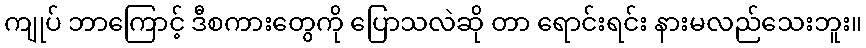
ကျုပ် ဘာကြောင့် ဒီစကားတွေကို ပြောသလဲဆို တာ ရောင်းရင်း နားမလည်သေးဘူး။